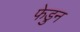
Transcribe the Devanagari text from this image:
फेडुन